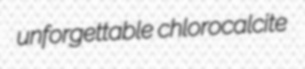
unforgettable chlorocalcite